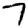
Digit: 7